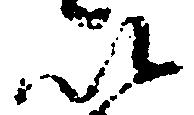
以